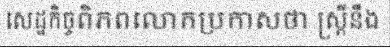
សេដ្ឋកិច្ចពិភពលោកប្រកាសថា ស្ត្រីនឹង